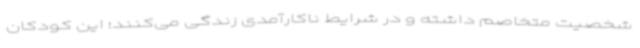
شخصیت متخاصم داشته و در شرایط ناکارآمدی زندگی می‌کنند؛ این کودکان